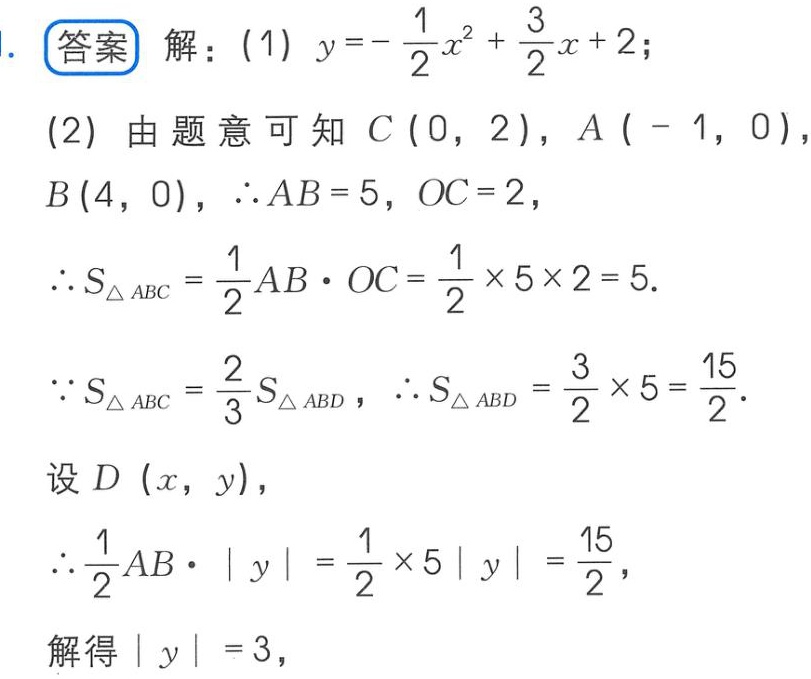
答案 解：(1) \(y = -\frac{1}{2}x^{2}+\frac{3}{2}x + 2\);
(2) 由题意可知 \(C(0,2)\), \(A(-1,0)\), \(B(4,0)\), \(\therefore AB = 5\), \(OC = 2\),
\(\therefore S_{\triangle ABC}=\frac{1}{2}AB\cdot OC=\frac{1}{2}\times5\times2 = 5\).
\(\because S_{\triangle ABC}=\frac{2}{3}S_{\triangle ABD}\), \(\therefore S_{\triangle ABD}=\frac{3}{2}\times5=\frac{15}{2}\).
设 \(D(x,y)\),
\(\therefore\frac{1}{2}AB\cdot|y|=\frac{1}{2}\times5|y|=\frac{15}{2}\),
解得 \(|y| = 3\),